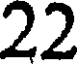
22